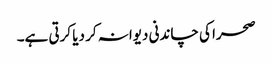
صحرا کی چاندنی دیوانہ کر دیا کرتی ہے۔